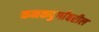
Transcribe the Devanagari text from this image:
कनकदुर्गावरील